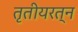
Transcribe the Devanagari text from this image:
तृतीयरत्न